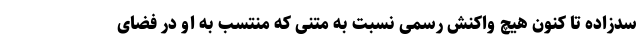
سدزاده تا کنون هیچ واکنش رسمی نسبت به متنی که منتسب به او در فضای